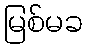
မြစ်မခ